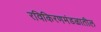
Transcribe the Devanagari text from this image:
रविकिरणमंडळातील